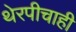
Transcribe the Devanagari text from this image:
थेरपीचाही